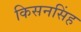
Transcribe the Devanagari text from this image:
किसनसिंह